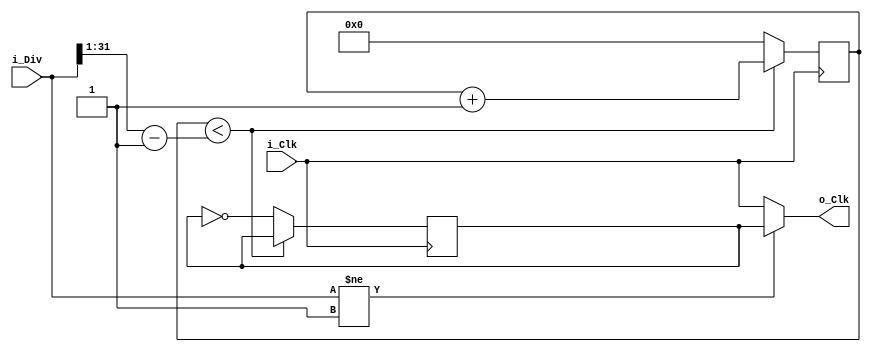
//`include "para.v"
//`define WIDE 16
`timescale 1ns / 1ps

module CW_Div_Even (i_Clk,o_Clk,i_Div);
input i_Clk;
parameter WIDE = 32;
input [WIDE-1:0] i_Div;
output o_Clk;
reg outCLK;
initial outCLK = 1'b0;

reg [WIDE-1:0 ]Cnt ;
initial Cnt = 0;

 always @ (posedge i_Clk)
 begin
 if (Cnt < (i_Div[WIDE-1:1]-1)  ) Cnt <= Cnt +32'b1;  // div /2  eg. div2 is 1 div 4 is 2 
 else begin Cnt <= 0; outCLK <= ~outCLK; end
 end
 
 assign o_Clk = (i_Div != 32'd1 ) ?  outCLK :i_Clk ;
 endmodule